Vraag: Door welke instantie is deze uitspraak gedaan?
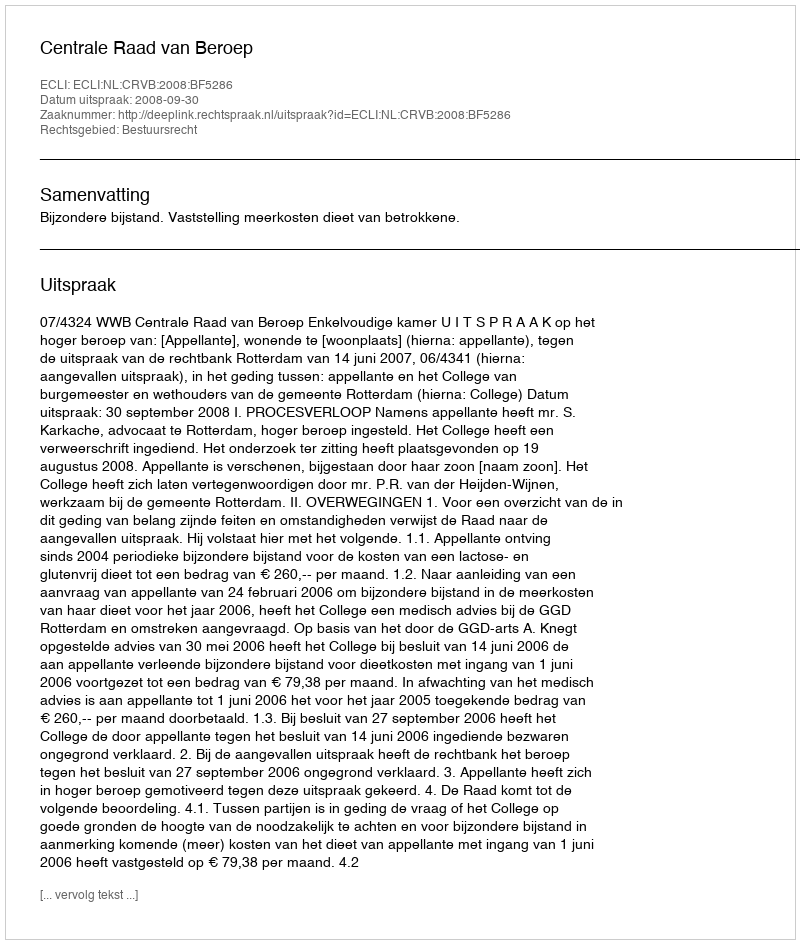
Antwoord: Centrale Raad van Beroep